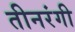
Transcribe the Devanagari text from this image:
तीनरंगी